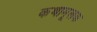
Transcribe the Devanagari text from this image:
कथामूलक